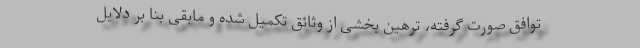
توافق صورت گرفته، ترهین بخشی از وثائق تکمیل شده و مابقی بنا بر دلایل